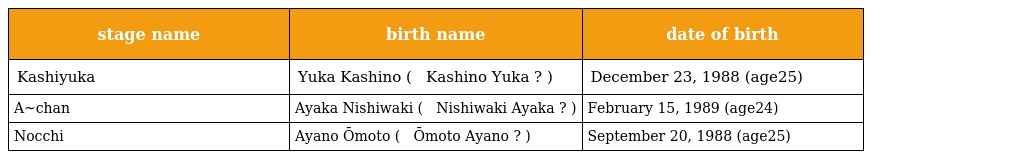
| stage name | birth name | date of birth |
 | --- | --- | --- |
 | Kashiyuka | Yuka Kashino ( 樫野 有香 Kashino Yuka ? ) | December 23, 1988 (age25) |
 | A~chan | Ayaka Nishiwaki ( 西脇 綾香 Nishiwaki Ayaka ? ) | February 15, 1989 (age24) |
 | Nocchi | Ayano Ōmoto ( 大本 彩乃 Ōmoto Ayano ? ) | September 20, 1988 (age25) |